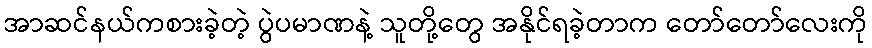
အာဆင်နယ်ကစားခဲ့တဲ့ ပွဲပမာဏနဲ့ သူတို့တွေ အနိုင်ရခဲ့တာက တော်တော်လေးကို